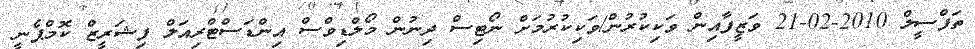
ތަފްސީލް 2010-02-21 ވަޒީފާއިން ވަކިކުރުން/ވަކިކުރުމަށް ނޯޓިސް ދިނުން މޯލްޑިވްސް އިންޑަސްޓްރިއަލް ފިޝަރީޒް ކޮމްޕެނީ